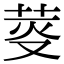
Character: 𦯘